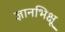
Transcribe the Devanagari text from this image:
ज्ञानभिक्षू